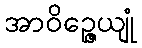
အာဝိဉ္ဇေယျုံ